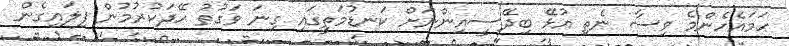
ހަމައެހެންމެ ވިސާ ނެތި އުޅޭ ބިދޭސީއިންނަށް ކަނޑުމަތީގައި ގިނަ ވަގުތު ހޭދަކުރުމުން ފިލައިގެން